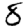
Digit: 8